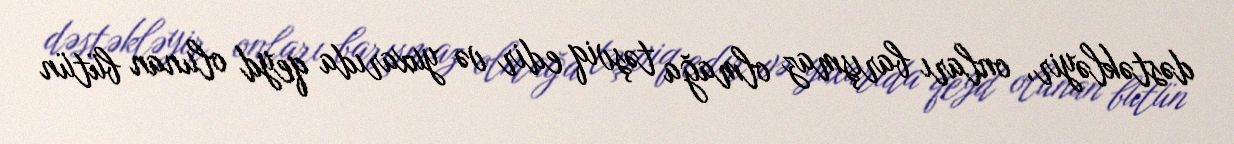
dəstəkləyir, onları barışmaz olmağa təşviq edir və yuxarıda qeyd olunan bütün